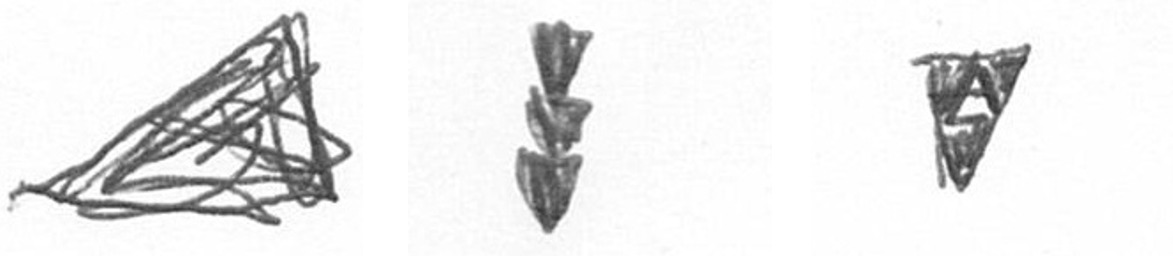
O E S